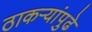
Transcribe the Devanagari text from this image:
ठाकऱ्यांपुढे